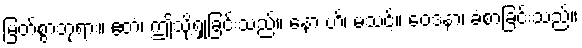
မြတ်စွာဘုရား။ ဧတံ၊ ဤသို့ရှုခြင်းသည်။ နော ဟိ၊ မသင့်။ ဝေဒနာ၊ ခံစာခြင်းသည်။